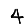
Digit: 4